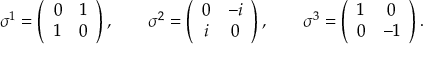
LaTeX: \sigma ^ { 1 } = \left( \begin{array} { c c } { { 0 } } & { { 1 } } \\ { { 1 } } & { { 0 } } \end{array} \right) , \qquad \sigma ^ { 2 } = \left( \begin{array} { c c } { { 0 } } & { { - i } } \\ { { i } } & { { 0 } } \end{array} \right) , \qquad \sigma ^ { 3 } = \left( \begin{array} { c c } { { 1 } } & { { 0 } } \\ { { 0 } } & { { - 1 } } \end{array} \right) .